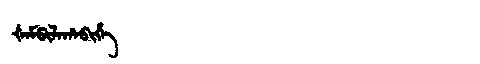
Manchu: ᡧᠠᠮᡦᡳᠯᠠᡥᠠᠪᡳᡥᡝ
Romanization: ŠAMPILAHABIHE